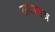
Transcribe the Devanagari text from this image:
लवमात्र